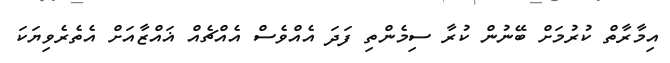
އިމާރާތް ކުރުމަށް ބޭނުން ކުރާ ސިމެންތި ފަދަ އެއްވެސް އެއްޗެއް ޣައްޒާއަށް އެތެރެވިޔަކަ